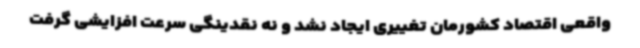
واقعی اقتصاد کشورمان تغییری ایجاد نشد و نه نقدینگی سرعت افزایشی گرفت